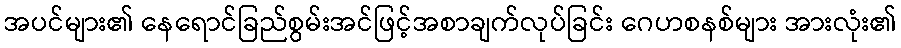
အပင်များ၏ နေရောင်ခြည်စွမ်းအင်ဖြင့်အစာချက်လုပ်ခြင်း ဂေဟစနစ်များ အားလုံး၏